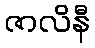
ဇာလိနီ